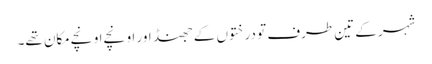
شہر کے تین طرف تو درختوں کے جھنڈ اور اونچے اونچے مکان تھے۔